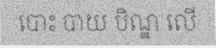
បោះ បាយ បិណ្ឌ លើ